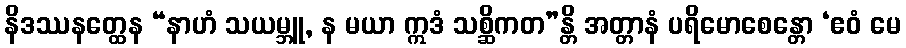
နိဒဿနတ္ထေန “နာဟံ သယမ္ဘူ, န မယာ ဣဒံ သစ္ဆိကတ”န္တိ အတ္တာနံ ပရိမောစေန္တော ‘ဧဝံ မေ